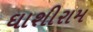
ઘાશીરામ